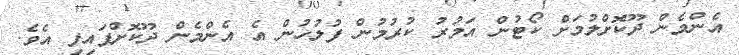
އެންމެން ދޫކޮށްލުމަށް ކޯޓުން އަމުރު ކުރުމުން ފުލުހުން އެ އެންމެން ދޫކޮށްފައިފި އެވެ.